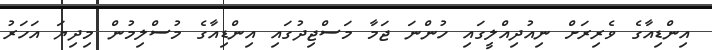
އިންޑިއާގެ ވެރިރަށް ނިއުދިއްލީގައި ހުންނަ ޖަމާ މަސްޖިދުގައި އިންޑިއާގެ މުސްލިމުން މިދިޔަ އަހަރު